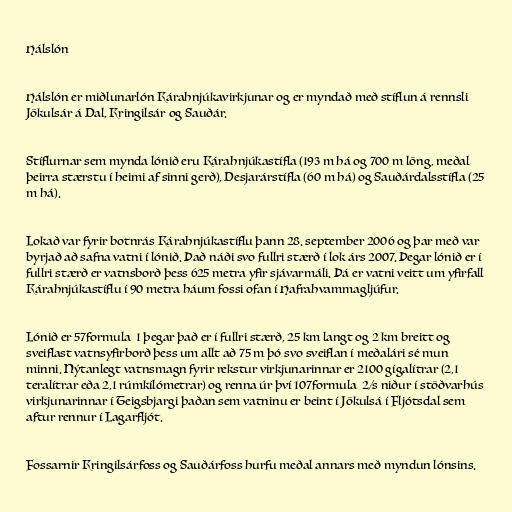
Hálslón

Hálslón er miðlunarlón Kárahnjúkavirkjunar og er myndað með stíflun á rennsli
Jökulsár á Dal, Kringilsár og Sauðár.

Stíflurnar sem mynda lónið eru Kárahnjúkastífla (193 m há og 700 m löng, meðal
þeirra stærstu í heimi af sinni gerð), Desjarárstífla (60 m há) og Sauðárdalsstífla (25
m há).

Lokað var fyrir botnrás Kárahnjúkastíflu þann 28. september 2006 og þar með var
byrjað að safna vatni í lónið. Það náði svo fullri stærð í lok árs 2007. Þegar lónið er í
fullri stærð er vatnsborð þess 625 metra yfir sjávarmáli. Þá er vatni veitt um yfirfall
Kárahnjúkastíflu í 90 metra háum fossi ofan í Hafrahvammagljúfur.

Lónið er 57formula_1 þegar það er í fullri stærð, 25 km langt og 2 km breitt og
sveiflast vatnsyfirborð þess um allt að 75 m þó svo sveiflan í meðalári sé mun
minni. Nýtanlegt vatnsmagn fyrir rekstur virkjunarinnar er 2100 gígalítrar (2,1
teralítrar eða 2,1 rúmkílómetrar) og renna úr því 107formula_2/s niður í stöðvarhús
virkjunarinnar í Teigsbjargi þaðan sem vatninu er beint í Jökulsá í Fljótsdal sem
aftur rennur í Lagarfljót.

Fossarnir Kringilsárfoss og Sauðárfoss hurfu meðal annars með myndun lónsins.